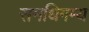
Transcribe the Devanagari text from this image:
समधिगम्य